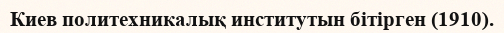
Киев политехникалық институтын бітірген (1910).